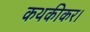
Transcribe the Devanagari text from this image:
कथकीकर।